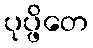
ပုပ္ဖိတေ